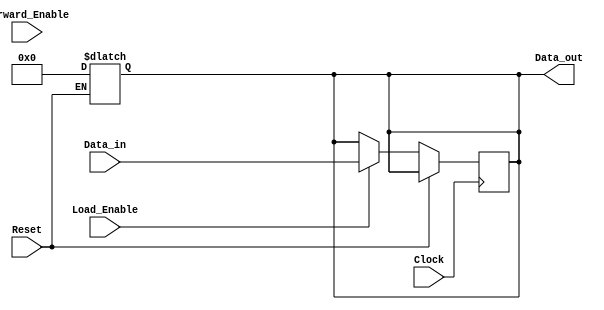
module ForwardingRegister (
    input wire [31:0] Data_in,      // Input data bus
    input wire Forward_Enable,       // Control signal to enable forwarding
    input wire Load_Enable,          // Control signal to load new data
    input wire Clock,                // Clock signal
    input wire Reset,                // Asynchronous reset signal
    output reg [31:0] Data_out       // Output data bus
);

    // Asynchronous reset behavior
    always @(*) begin
        if (Reset) begin
            Data_out = 32'b0;         // Reset output to zero
        end
    end

    // Sequential logic for loading and forwarding data
    always @(posedge Clock) begin
        if (!Reset) begin              // Check for reset
            if (Load_Enable) begin
                Data_out <= Data_in;  // Load new data
            end else if (Forward_Enable) begin
                // Forward current value of Data_out (no change)
                Data_out <= Data_out; // Maintain current value
            end
            // If neither Load_Enable nor Forward_Enable is asserted,
            // Data_out retains its previous value.
        end
    end

endmodule